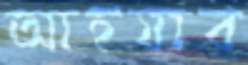
আহযাব